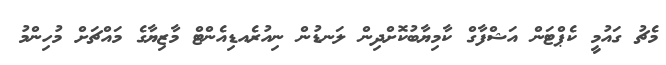
މެޗު ގައުމީ ކެޕްޓަން އަޝްފާގް ކާމިޔާބުކޮށްދިން ލަނޑުން ނިއުރެއޑިއެންޓް މާޒިޔާގެ މައްޗަށް މުހިންމު